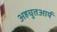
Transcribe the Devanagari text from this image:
अहचुतआर्य